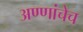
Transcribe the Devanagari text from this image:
अण्णांचेच